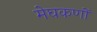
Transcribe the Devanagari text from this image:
मेघकणों